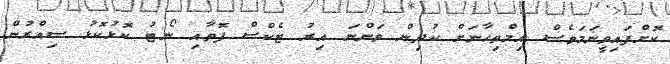
ކޮށްފައިވީނަމަވެސް އިމްތިހާނަށް ކުދިން ވަންނަ އިރު ޓެކްސް ފޮތާއި ނޯޓު ކޮޅުކޮޅު ސިއްރުން